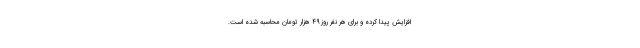
افزایش پیدا کرده و برای هر نفر روز ۴۹ هزار تومان محاسبه شده است.